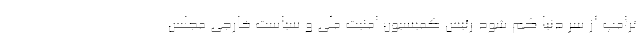
ترامپ از سر دنیا کم شود رئیس کمیسیون امنیت ملی و سیاست خارجی مجلس